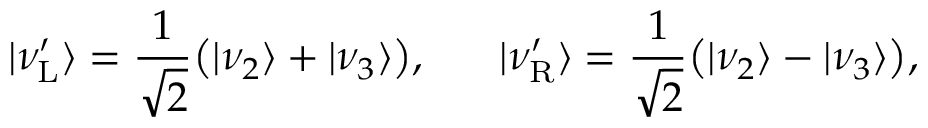
| \nu _ { \mathrm { L } } ^ { \prime } \rangle = \frac { 1 } { \sqrt { 2 } } \big ( | \nu _ { 2 } \rangle + | \nu _ { 3 } \rangle \big ) , ~ ~ ~ ~ ~ | \nu _ { \mathrm { R } } ^ { \prime } \rangle = \frac { 1 } { \sqrt { 2 } } \big ( | \nu _ { 2 } \rangle - | \nu _ { 3 } \rangle \big ) ,